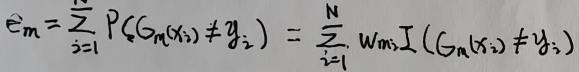
$e_m=\sum_{i = 1}^{N} P(G_m(x_i)\neq y_i)=\sum_{i = 1}^{N} w_{mi}I(G_m(x_i)\neq y_i)$